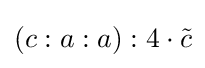
(c:a:a):4\cdot {\tilde {c}}